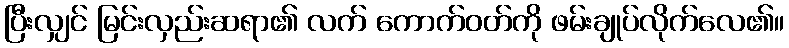
ပြီးလျှင် မြင်းလှည်းဆရာ၏ လက် ကောက်ဝတ်ကို ဖမ်းချုပ်လိုက်လေ၏။